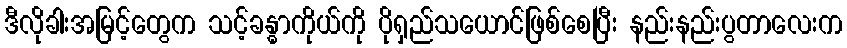
ဒီလိုခါးအမြင့်တွေက သင့်ခန္ဓာကိုယ်ကို ပိုရှည်သယောင်ဖြစ်စေပြီး နည်းနည်းပွတာလေးက